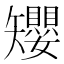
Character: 𥐑